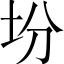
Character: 坋